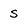
Character: s